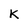
Character: K